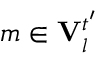
m \in \mathbf { V } _ { l } ^ { t ^ { \prime } }